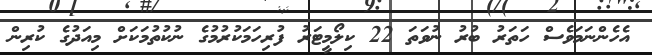
އެހެންނަމަވެސް ހަތަރު ބުރު ނުވަތަ 22 ކިލޯމީޓަރު ފުރިހަމަކުރުމުގެ ނުކުތުމަކަށް މިއަދުގެ ކުރިން